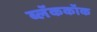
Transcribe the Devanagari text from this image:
ब्लॅककॉक